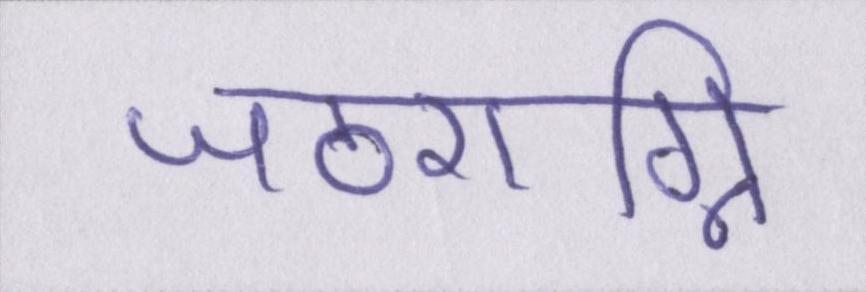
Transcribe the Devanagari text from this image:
जठराग्नि